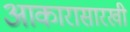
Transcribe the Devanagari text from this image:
आकारासारखी